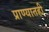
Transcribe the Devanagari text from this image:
प्राण्यातही